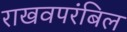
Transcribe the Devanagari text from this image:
राखवपरंबिल